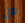
هل